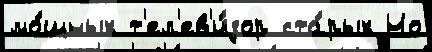
мо́щных т'ел'ев'и́зор ста́рых Но